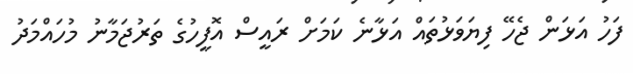
ފަހު އަޅަން ޖެހޭ ފިޔަވަޅުތައް އަޅާނެ ކަމަށް ރައީސް އޮފީހުގެ ތަރުޖަމާނު މުހައްމަދު